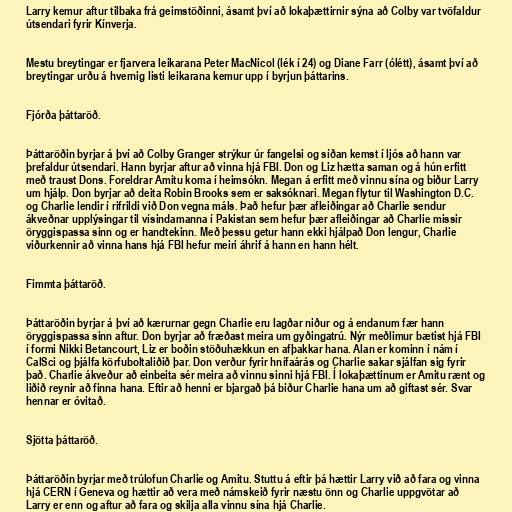
Larry kemur aftur tilbaka frá geimstöðinni, ásamt því að lokaþættirnir sýna að Colby var tvöfaldur
útsendari fyrir Kínverja.

Mestu breytingar er fjarvera leikarana Peter MacNicol (lék í 24) og Diane Farr (ólétt), ásamt því að
breytingar urðu á hvernig listi leikarana kemur upp í byrjun þáttarins.

Fjórða þáttaröð.

Þáttaröðin byrjar á því að Colby Granger strýkur úr fangelsi og síðan kemst í ljós að hann var
þrefaldur útsendari. Hann byrjar aftur að vinna hjá FBI. Don og Liz hætta saman og á hún erfitt
með traust Dons. Foreldrar Amitu koma í heimsókn. Megan á erfitt með vinnu sína og biður Larry
um hjálp. Don byrjar að deita Robin Brooks sem er saksóknari. Megan flytur til Washington D.C.
og Charlie lendir í rifrildi við Don vegna máls. Það hefur þær afleiðingar að Charlie sendur
ákveðnar upplýsingar til vísindamanna í Pakistan sem hefur þær afleiðingar að Charlie missir
öryggispassa sinn og er handtekinn. Með þessu getur hann ekki hjálpað Don lengur, Charlie
viðurkennir að vinna hans hjá FBI hefur meiri áhrif á hann en hann hélt.

Fimmta þáttaröð.

Þáttaröðin byrjar á því að kærurnar gegn Charlie eru lagðar niður og á endanum fær hann
öryggispassa sinn aftur. Don byrjar að fræðast meira um gyðingatrú. Nýr meðlimur bætist hjá FBI
í formi Nikki Betancourt, Liz er boðin stöðuhækkun en afþakkar hana. Alan er kominn í nám í
CalSci og þjálfa körfuboltaliðið þar. Don verður fyrir hnífaárás og Charlie sakar sjálfan sig fyrir
það. Charlie ákveður að einbeita sér meira að vinnu sinni hjá FBI. Í lokaþættinum er Amitu rænt og
liðið reynir að finna hana. Eftir að henni er bjargað þá biður Charlie hana um að giftast sér. Svar
hennar er óvitað.

Sjötta þáttaröð.

Þáttaröðin byrjar með trúlofun Charlie og Amitu. Stuttu á eftir þá hættir Larry við að fara og vinna
hjá CERN í Geneva og hættir að vera með námskeið fyrir næstu önn og Charlie uppgvötar að
Larry er enn og aftur að fara og skilja alla vinnu sína hjá Charlie.